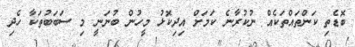
ބޮޑެތި ކަންތައްތަކެއް ނުކުރާނެ ކަމަށް އިދިކޮޅު މީހުން ބުނަނީ މި ސަބަބުތަކާ ހެދި